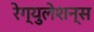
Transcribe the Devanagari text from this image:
रेग्युलेशन्स